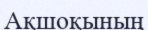
Ақшоқының